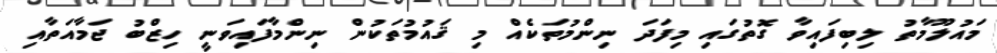
މައުލޫމާތު ލިބިފައިވާ ގޮތުގައި މިފަދަ ނިންމުތަކެއް މި ޤައުމުތަކުން ނިންމާފައިވަނީ ހިޒްބު ޖަމާއަތާއި